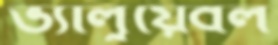
ভ্যালুয়েবল